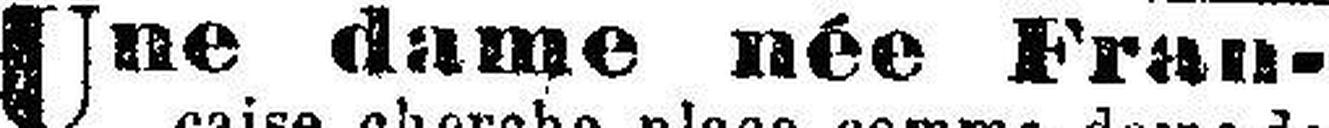
Une dame née Fran¬